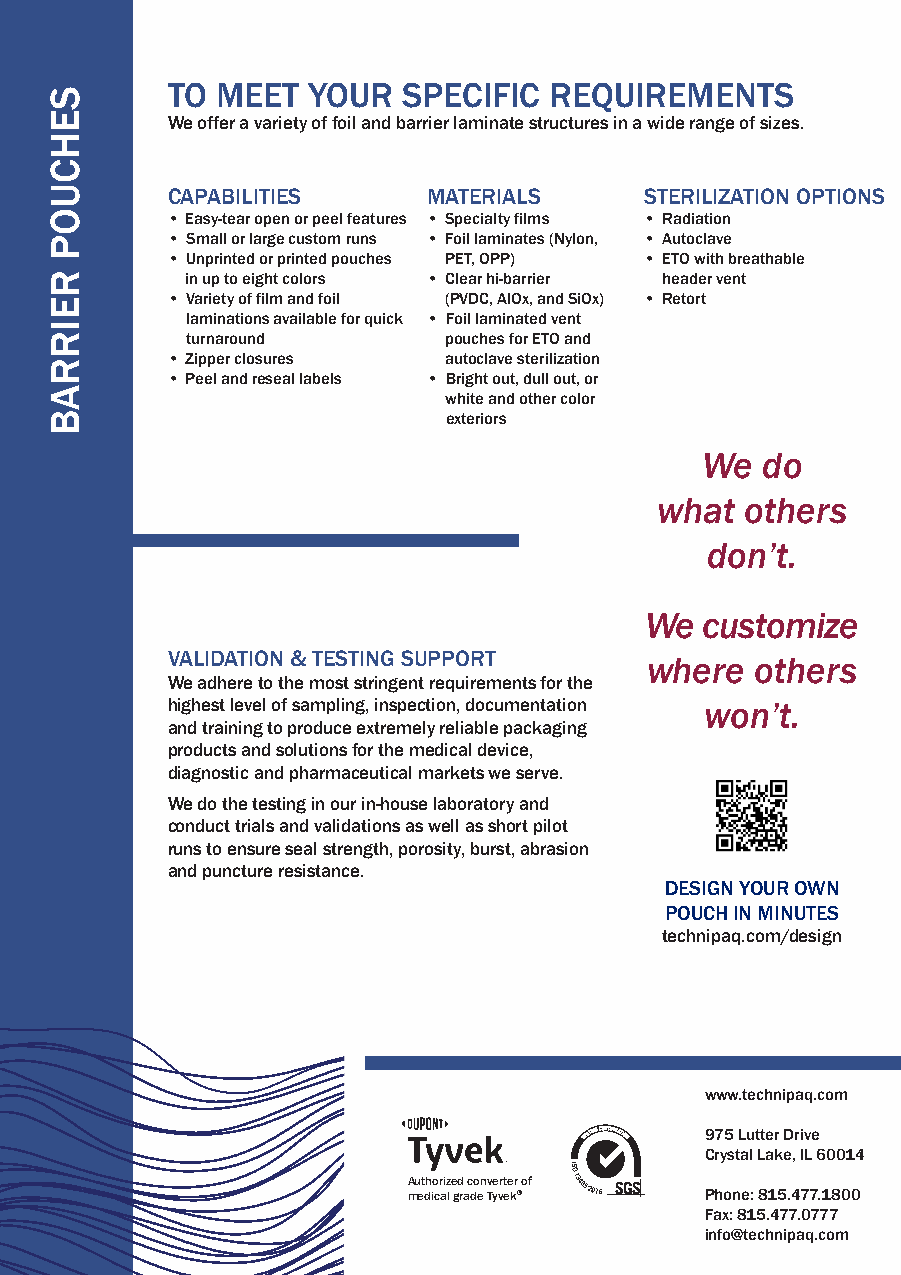
TO MEET  YOUR   SPECIFIC REQUIREMENTS
 We offer a variety of foil and barrier laminate structures in a wide range of sizes.
 CAPABILITIES     MATERIALS      STERILIZATION OPTIONS
 • Easy-tear open or peel features • Specialty films • Radiation
 • Small or large custom runs • Foil laminates (Nylon, • Autoclave
 • Unprinted or printed pouches PET, OPP) • ETO with breathable
 in up to eight colors • Clear hi-barrier header vent
 • Variety of film and foil (PVDC, AlOx, and SiOx) • Retort
 laminations available for quick • Foil laminated vent
 turnaround       pouches for ETO and
 • Zipper closures autoclave sterilization
 • Peel and reseal labels • Bright out, dull out, or
 white and other color
 exteriors
 We  do
 what  others
 don’t.
 We customize
 VALIDATION & TESTING SUPPORT
 where  others
 We adhere to the most stringent requirements for the
 highest level of sampling, inspection, documentation won’t.
 and training to produce extremely reliable packaging
 products and solutions for the medical device,
 diagnostic and pharmaceutical markets we serve.
 We do the testing in our in-house laboratory and
 conduct trials and validations as well as short pilot
 runs to ensure seal strength, porosity, burst, abrasion
 and puncture resistance.
 DESIGN YOUR OWN
 POUCH IN MINUTES
 technipaq.com/design
 www.technipaq.com
 975 Lutter Drive
 Crystal Lake, IL 60014
 Authorized converter of
 medical grade Tyvek® Phone: 815.477.1800
 Fax: 815.477.0777
 info@technipaq.com
 SEHCUOP
 REIRRAB